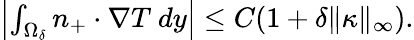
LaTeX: \begin{array}{r}{\left|\int_{\Omega_{\delta}}n_{+}\cdot\nabla T\ dy\right|\leq C(1+\delta\| \kappa\| _{\infty}).}\end{array}